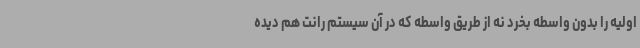
اولیه را بدون واسطه بخرد نه از طریق واسطه که در آن سیستم رانت هم دیده